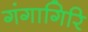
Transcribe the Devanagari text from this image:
गंगागिरि